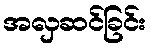
အလှဆင်ခြင်း